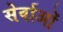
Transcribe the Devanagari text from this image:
सेर्वाओं